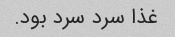
غذا سرد سرد بود.